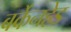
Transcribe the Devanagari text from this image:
बर्केनहेड